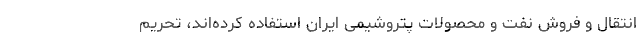
انتقال و فروش نفت و محصولات پتروشیمی ایران استفاده کرده‌اند، تحریم